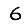
Digit: 6